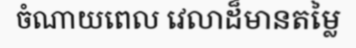
ចំណាយពេល វេលាដ៏មានតម្លៃ